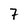
Character: 7